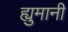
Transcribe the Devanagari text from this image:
ह्युमानी